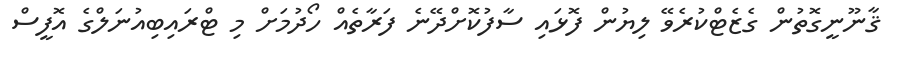
ޤާނޫނީގޮތުން ގެޒެޓްކުރެވޭ ލިޔުން ފޮޅައި ސާފުކޮށްދޭނެ ފަރާތެއް ހޯދުމަށް މި ޓްރައިބިއުނަލްގެ އޮފީސް